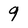
Character: 9